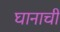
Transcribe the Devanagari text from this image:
घानाची